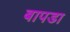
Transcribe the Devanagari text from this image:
बापडा